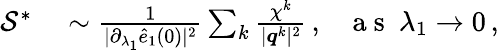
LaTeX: \begin{array}{rl}{\mathcal{S}^{*}}&{{}\sim\frac{1}{\vert\partial_{\lambda_{1}}\hat{e}_{1}(0)\vert^{2}}\sum_{k}\frac{\chi^{k}}{\vert\boldsymbol{q}^{k}\vert^{2}}\, ,~~~\mathrm{~a~s~}~\lambda_{1}\rightarrow 0\, ,}\end{array}